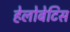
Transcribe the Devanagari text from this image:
हेलोबेटिस